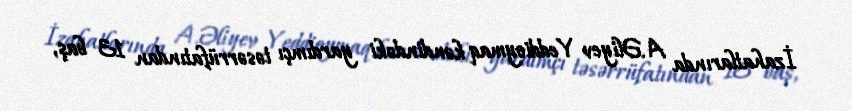
İzahatlarında A.Əliyev Yeddioymaq kəndindəki yardımçı təsərrüfatından 13 baş,